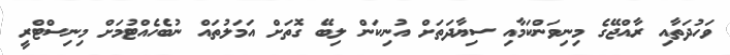
ވަހުދަތާއި ރާއްޖޭގެ މިނިވަންކަމާއި ސިޔާދަތަށް އުނިކަން ލިބޭ ގޮތަށް އަމަލުތައް ނުބެހެއްޓުމަށް މިނިސްޓްރީ